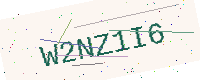
Text: W2NZ1I6